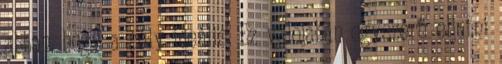
abban, hogy a súly ideális. Ez valójában egyszerű eljutni